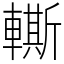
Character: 䡳